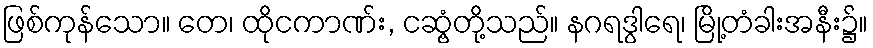
ဖြစ်ကုန်သော။ တေ၊ ထိုငကာဏ်း, ငဆွံ့တို့သည်။ နဂရဒွါရေ၊ မြို့တံခါးအနီး၌။